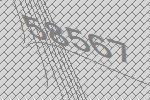
58567